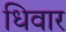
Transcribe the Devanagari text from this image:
धिवार